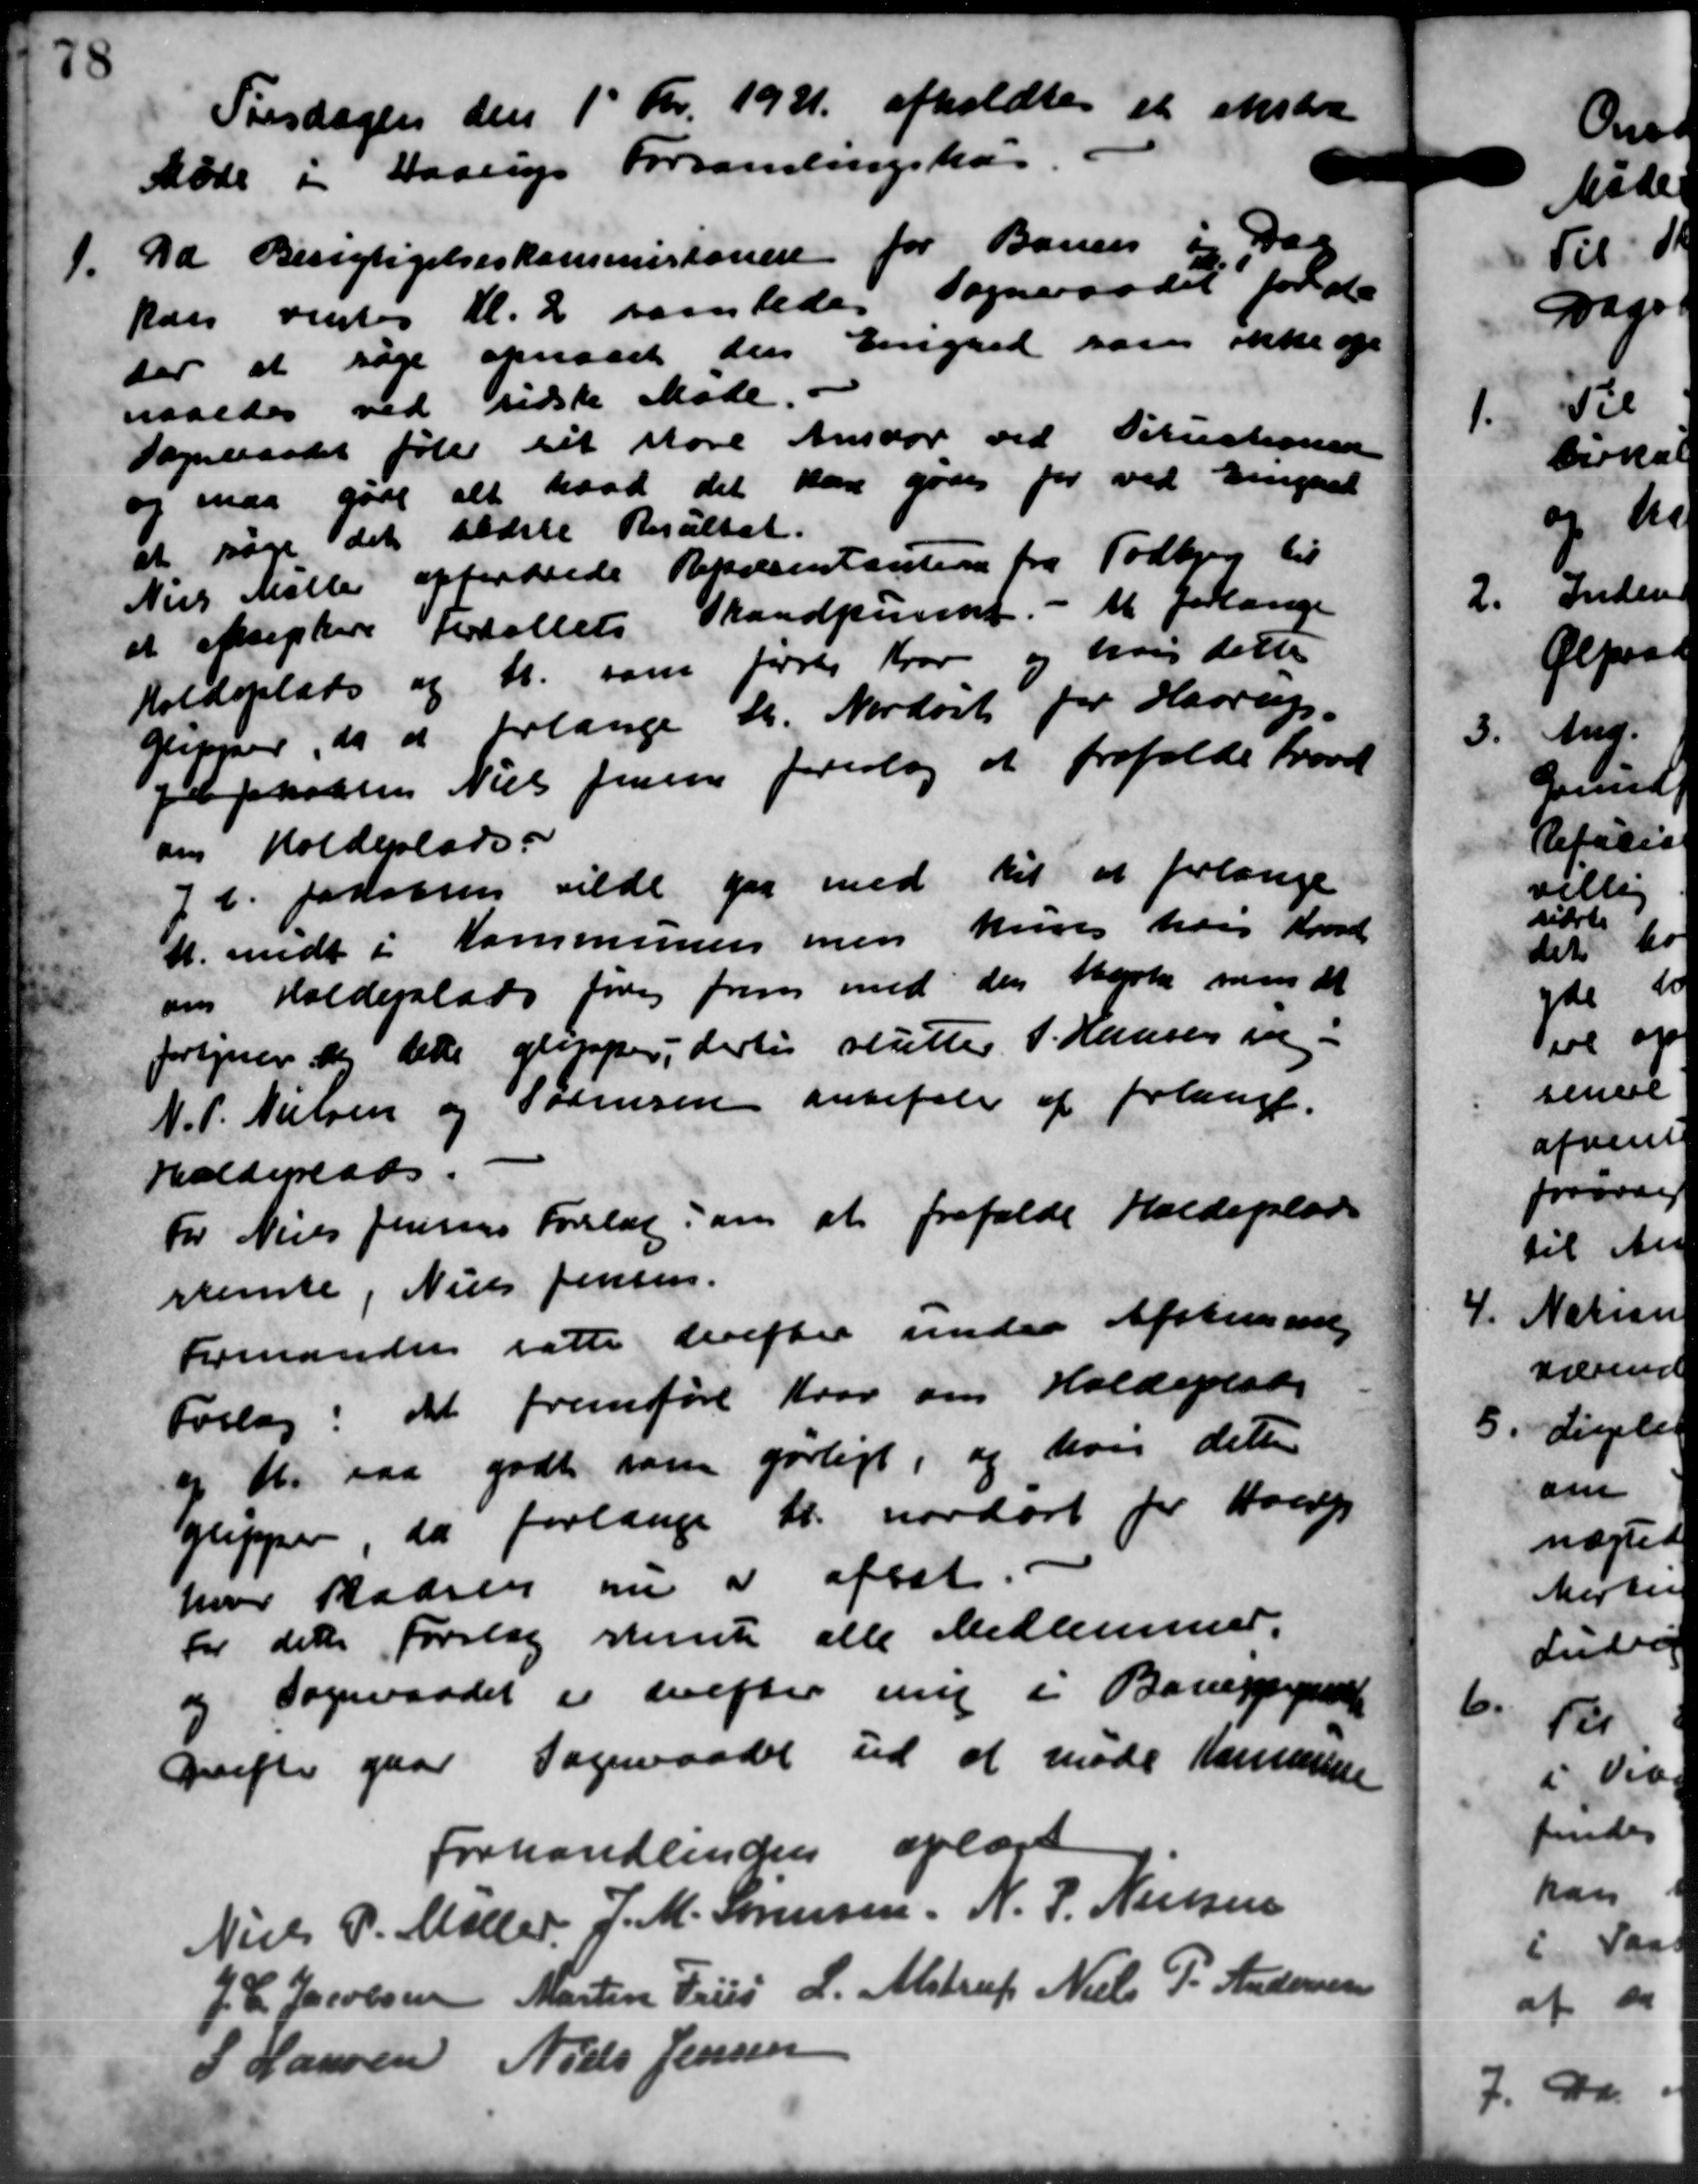
Transskription:
Tirsdagen den 1 Kr. 1931 afholdtes et
Møde i Haarup Forsamlingshus
1.
Da Besigtigelseskommisionen for Banen og Dag
kan ventes Kl. 2 saaledes Sogneraadet for de
der at søge opnaaet den Emgard som ikke op
naaedes ved sidste Møde
Sogneraadet føler sit store Anstor ved Petrectionen
og maa gøre alt hvad det kan gøres for ved Emgaaet
at søge det sidste Resultat.
Nies Møller opfordrede Rendsentanten fra Todbjerg til
at ofteptere betallets Trandpunkt. - M. Jorlange
Holdeplads og A. som føres Krav og hvis dette
gupper, da at forlange St. Nordøst for Haarup.
pel Jakobsen Niels Jensen foreslog at frafalde hævet
om Holdeplads.
Jt. Jakobsen vilde gaa med til at forlange
M. medt i Kommunen men kun hvis Kond
om Holdeplads fører frem med den tyske man at
forsyner dog dette glepper, dertil sluttes P. Hansen ve
N. P. Nielsen og Sørensen anbefale af forlangt.
Holderlads.
For Niels Jensens Forslag om at frafalde Holdeplad
rrente, Niels Jensen.
Formanden satte derefter under Afstemme
Forlag: at fremføre Kvar om Holdeplads
o Kr saa godt som gorligt, og hver dette
guipper, da forlange Kr. nordart for Haarp
hver Radsen om at afsat
for dette Forslag stemte alle Medlemmer.
og Sogneraadet er derefter unde i Borupperat
Derefter gaar Sogneraadet ud at møde Kommune
Forhandlinden oplæst
Niels P. Møller, J. M. Sørensen. N. P. Nielsen
J. C. Jacobsen Martin Friis L. Alstrup Niels P. Andersen
S Hansen Niels Jensen

6